Mediterranean fever in India - Number 22
Disease focus: Fever
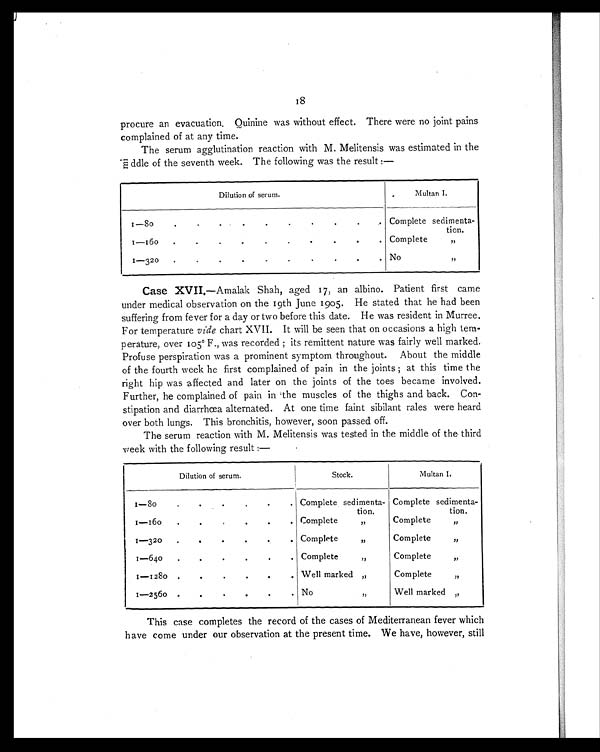
18
procure an evacuation. Quinine was without effect. There were no joint pains
complained of at any time.
The serum agglutination reaction with M. Melitensis was estimated in the
middle of the seventh week. The following was the result :—
Dilution of serum
Multan I.
1 — 8 0
. . . . . . . . .
Complete sedimenta-
tion.
1—160 . . . . . . .
Complete
,,
1-320
.
.
.
.
.
.
.
.
No
,,
Case XVII.—Amalak Shah, aged 17, an albino. Patient first came
under medical observation on the 19th June 1905. He stated that he had been
suffering from fever for a day or two before this date. He was resident in Murree.
For temperature vide chart XVII. It will be seen that on occasions a high tem-
perature, over 105° F., was recorded ; its remittent nature was fairly well marked.
Profuse perspiration was a prominent symptom throughout. About the middle
of the fourth week he first complained of pain in the joints ; at this time the
right hip was affected and later on the joints of the toes became involved.
Further, he complained of pain in the muscles of the thighs and back. Con-
stipation and diarrhœa alternated. At one time faint sibilant rales were heard
over both lungs. This bronchitis, however, soon passed off.
The serum reaction with M. Melitensis was tested in the middle of the third
week with the following result :—
Dilution of serum.
Stock.
Multan I.
1 – 8 0
.
.
.
.
.
.
Complete sedimenta-
tion.
Complete sedimenta-
tion.
1–16o
.
.
.
.
. .
Complete , ,
Complete , ,
1–320
. . .
.
.
.
Complete ,,
Complete
, ,
.
.
1–640
.
.
.
.
Complete
,,
Complete
,,
1–1280 .
. .
.
Well marked ,,
Complete
,,
1–256o .
.
.
.
. No
,,
Well marked ,,
This case completes the record of the cases of Mediterranean fever which
have come under our observation at the present time. We have, however, still